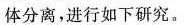
体分离，进行如下研究。